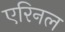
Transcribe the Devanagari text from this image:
एरिनल